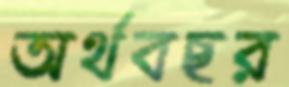
অর্থবছর